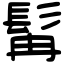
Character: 髯